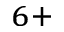
^ { 6 + }